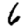
Digit: 6